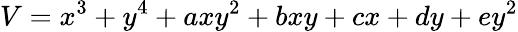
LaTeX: V=x^{3}+y^{4}+axy^{2}+bxy+cx+dy+ey^{2}